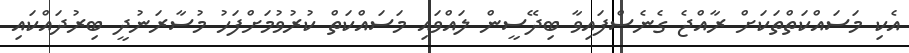
އެކި މަސައްކަތްތަކަށް ރާއްޖެ ގެނެސްފައިވާ ބިދޭސީން ލައްވައި މަސައްކަތް ކުރުވުމަށްފަހު މުސާރަނުދީ ބިރުދައްކައި